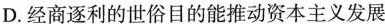
D. 经商逐利的世俗目的能推动资本主义发展